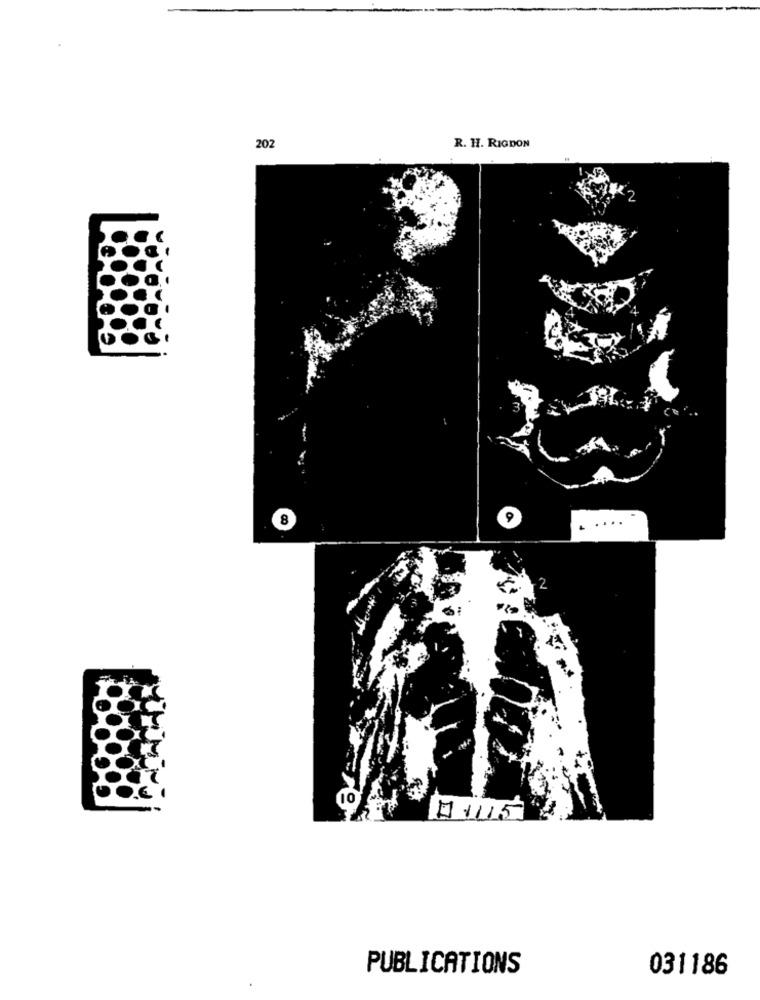
R. H. RIGDON
202
....
8
01115
PUBLICATIONS
031186